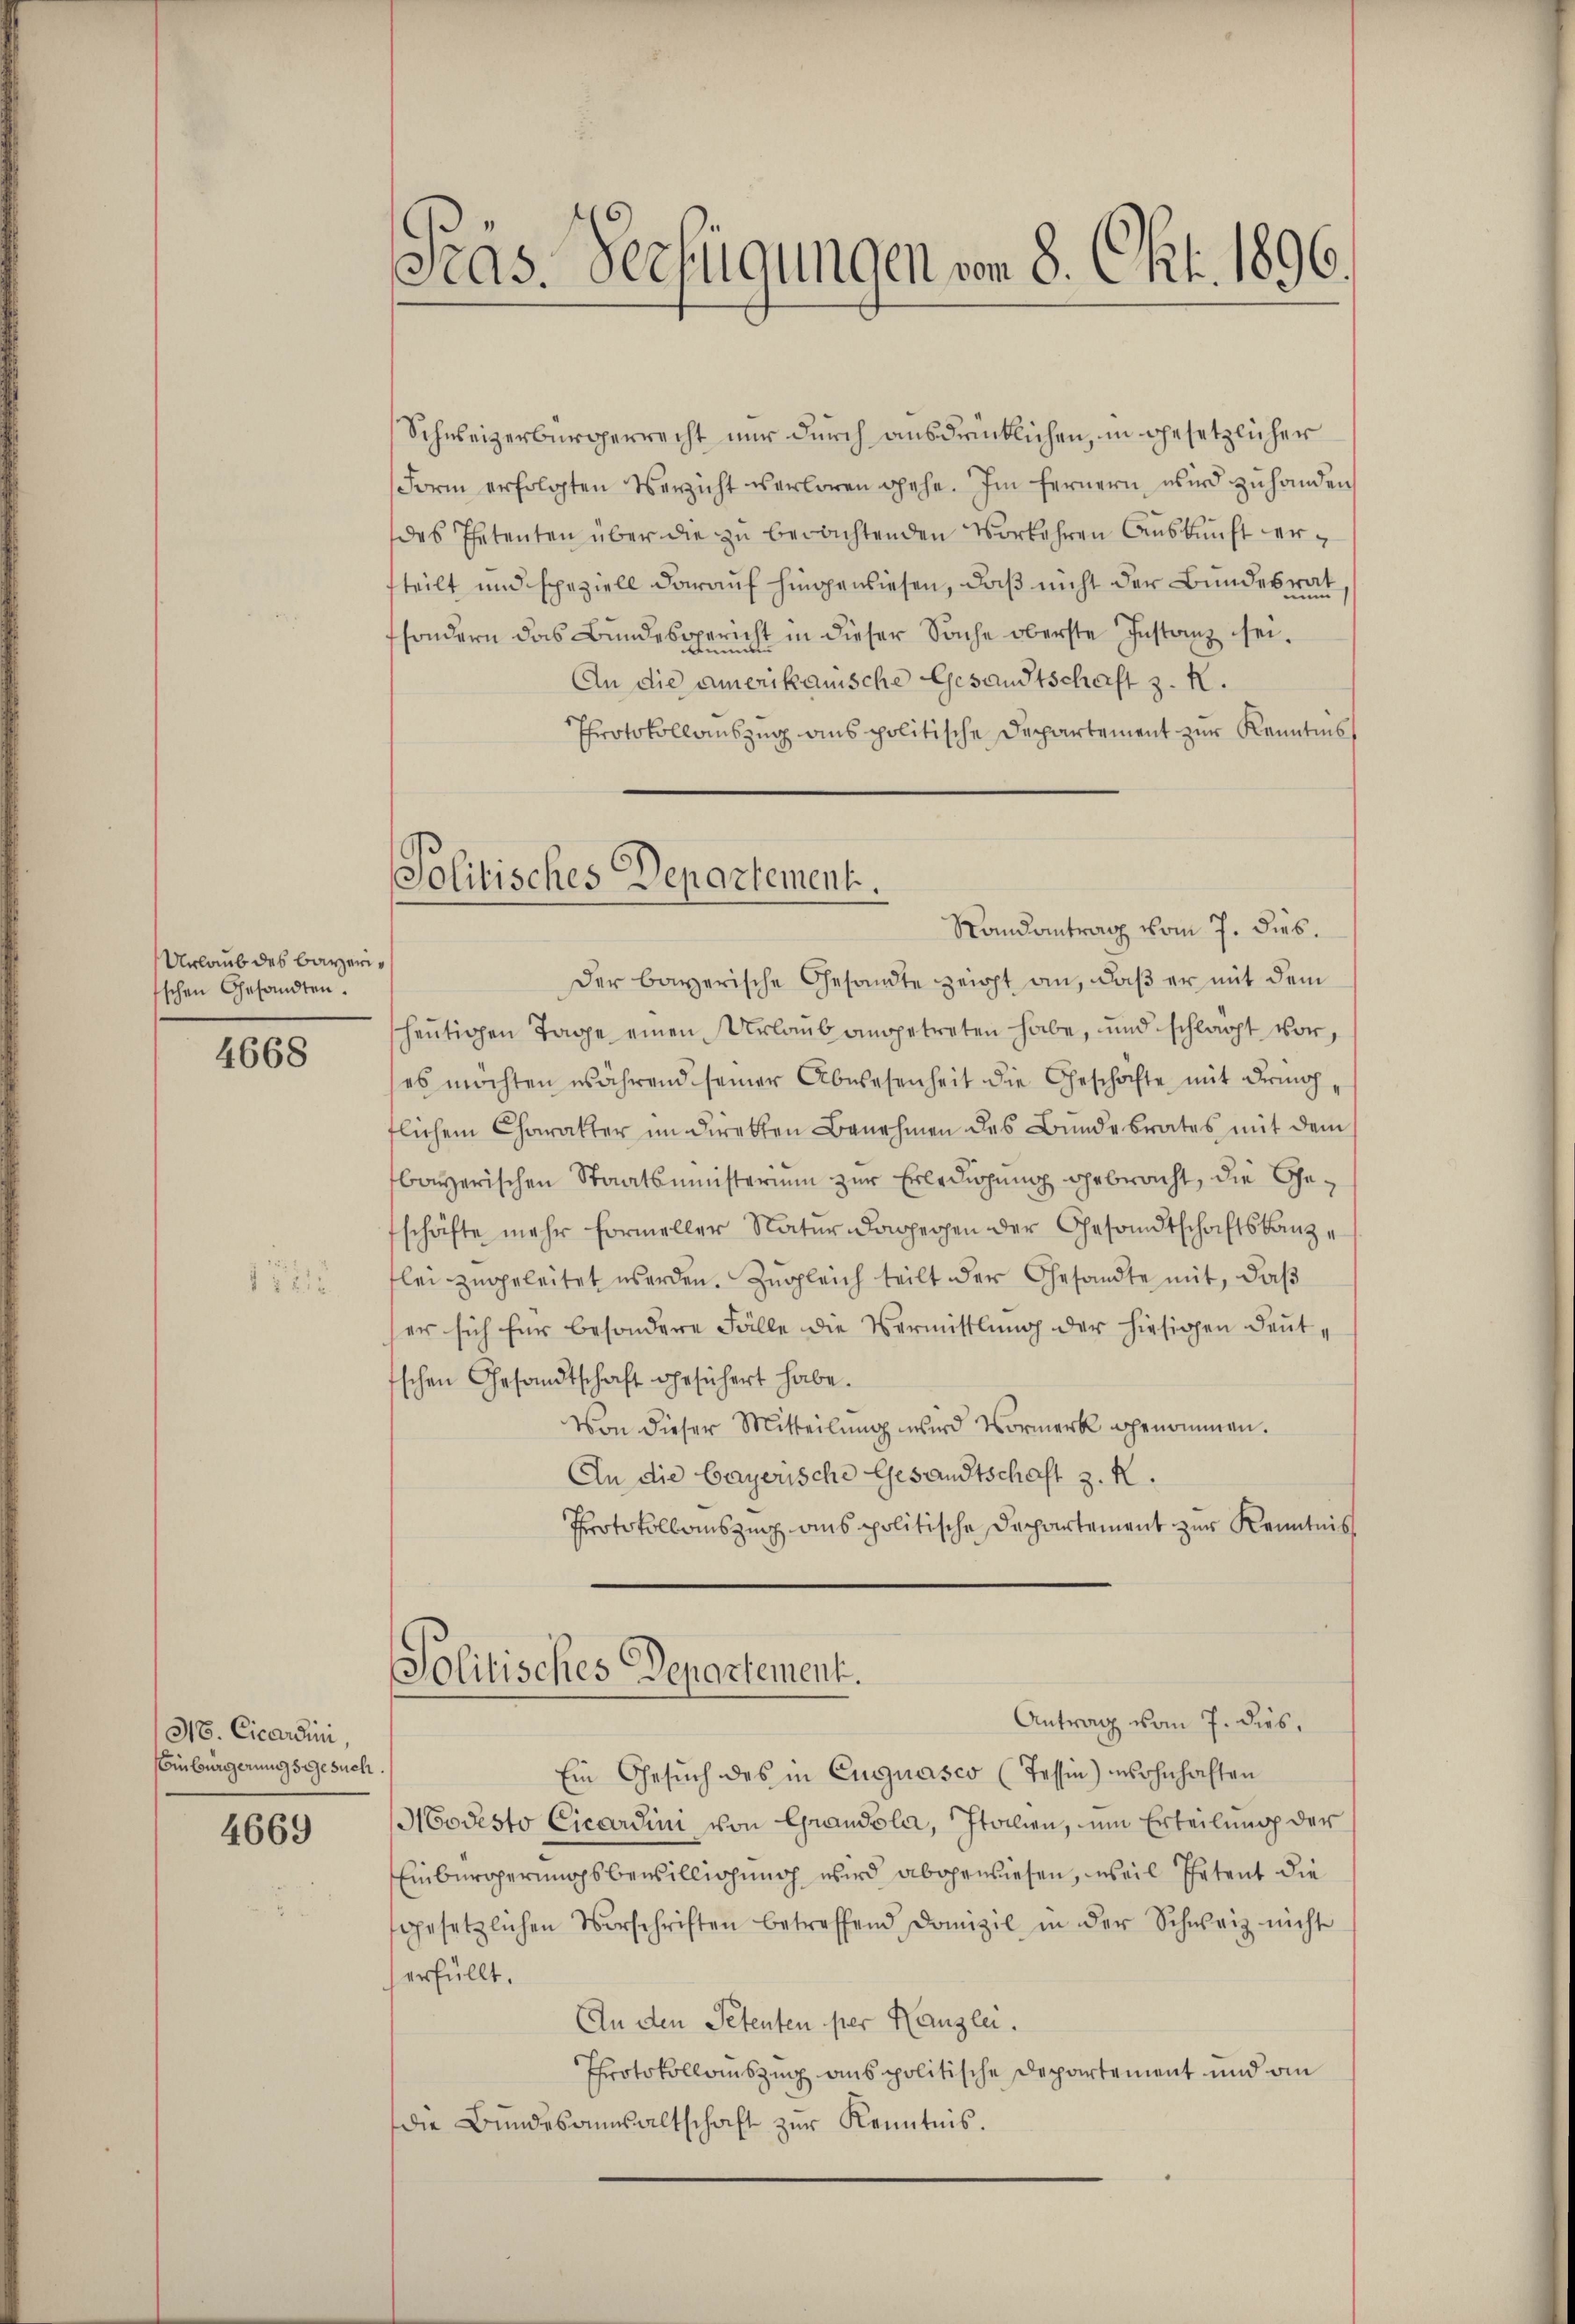
Urlaub des Bayerisschen Gesandten.

4668

52

316. Cicardini
Einbürgerungsgesuch.

4669

Stas. Verfügungen von 8. Okt. 1896.
d

Schweizerbürgerrecht nur durch ausdrücklichen, in gesetzlicher
Form erfolgten Verzicht verloren gehe. Im fernern wird zŭ handen
des Petenten über die zu berachtenden Vorkehren Auskunft erfteilt und speziell darauf hingewiesen, daß nicht der Bundesrat
sondern das Bundesgericht in dieser Sache oberste Instanz sei.
An die amerikanische Gesandtschaft z. K.
Protokollauszug aus politische Departement zur Kenntnis
Der bayerische Gesandte zeigt an, daß er mit dem
heutigen Tage einen Urlaub angetreten habe, und schlagt vor,
es möchten während seiner Abwesenheit die Geschäfte mit dring
flichem Charakter im Direkten Benehmen des Bunde brates mit dem
bayerischen Staatsministerium zur Erledigung gebracht, die Geschäfte mehr formeller Natur dagegen der Gesandtschaftskanzlei zugeleitet werden. Zŭgleich teilt der Gesandte mit, daβ
er sich für besondere Fälle die Vermittlung der hiesigen deut
sschen Gesandtschaft gesichert habe.
Von dieser Mitteilung wird Vormerk genommen.
An die bayerische Gesandtschaft z. K.
Protokollauszug aus politische Departement zur Kenntnis
Politisches Departement.
Antrag vom 7. dies,
Ein Gesuch des in Euguasco (Tessin) wohnhaften
Modesto Cicardini von Grandola, Italien, um Erteilung der
Einbüroperungsbewilligung wird abgewiesen, weil Petent die
gesetzlichen Vorschriften betreffend Domizil in der Schweiz nicht
erfüllt.
An den Petenten per Kanzlei.
Protokollauszug aus politische Departement und an
die Bŭndesansaltschaft zŭr Kenntnis.

Politisches Departement.
Randantrag vom 7. Dieb¬